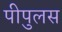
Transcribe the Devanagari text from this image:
पीपुलस